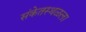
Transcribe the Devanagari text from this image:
संकेतस्थळला